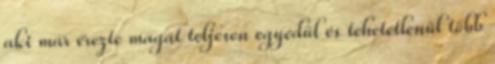
aki már érezte magát teljesen egyedül és tehetetlenül több